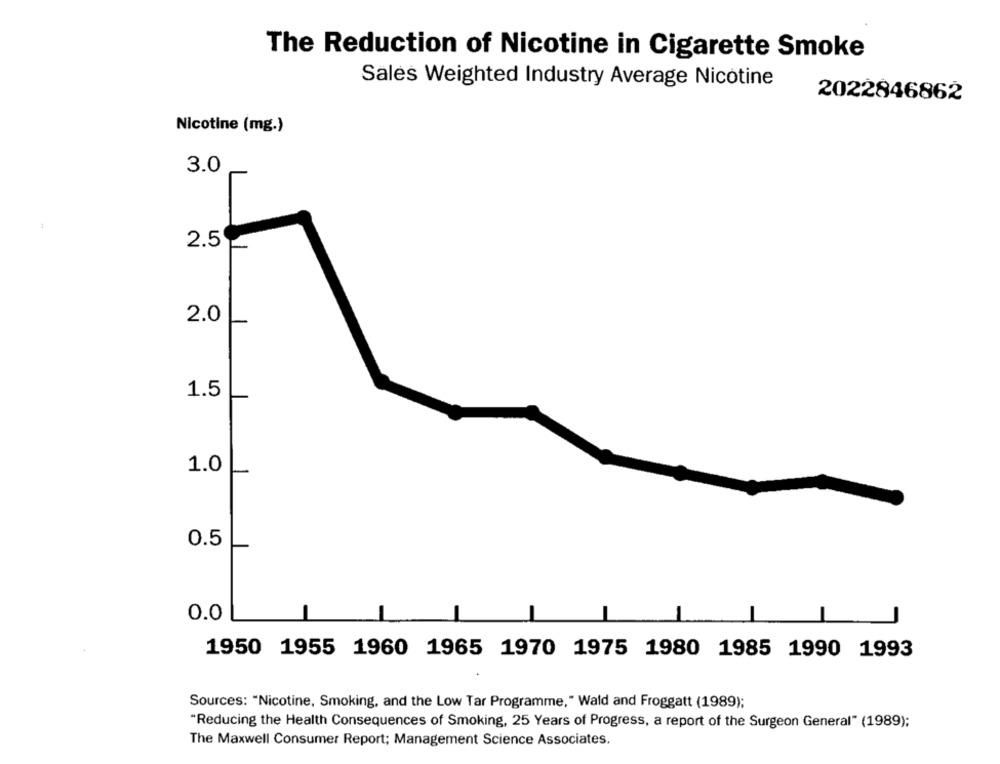
The Reduction of Nicotine in Cigarette Smoke
Sales Weighted Industry Average Nicotine
2022846862
Nicotine (mg.)
3.0
2.5
2.0
1.5
1.0
0.5
0.0
1950 1955 1960 1965 1970 1975 1980 1985 1990 1993
Sources: "Nicotine, Smoking, and the Low Tar Programme, " Wald and Froggatt (1989);
"Reducing the Health Consequences of Smoking, 25 Years of Progress, a report of the Surgeon General" (1989);
The Maxwell Consumer Report; Management Science Associates.